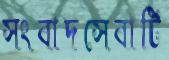
সংবাদসেবাটি